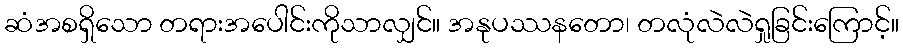
ဆံအစရှိသော တရားအပေါင်းကိုသာလျှင်။ အနုပဿနတော၊ တလုံလဲလဲရှုခြင်းကြောင့်။